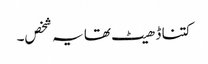
کتنا ڈھیٹ تھا یہ شخص۔